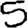
Digit: 5